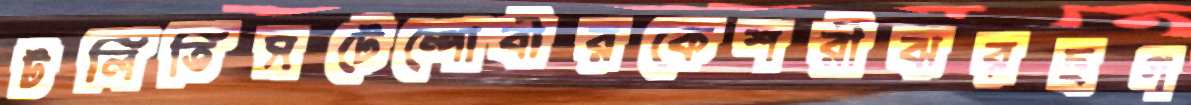
টলিতিসটেম্পোবীরকেশরীঝরছগ